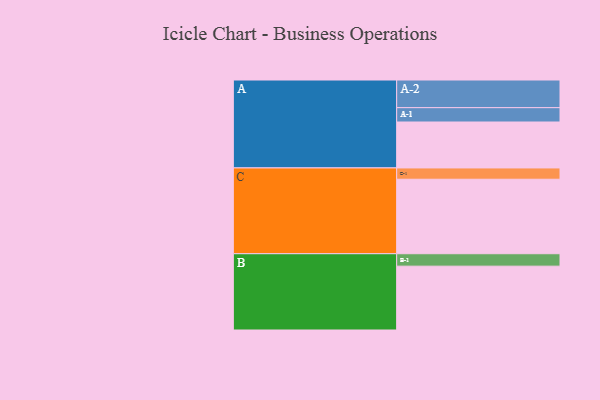
{"axis": {"x": "Segment", "y": "Value"}, "legend": ["", "A", "B", "C"], "data": [{"x": "A", "y": 362, "type": ""}, {"x": "B", "y": 503, "type": ""}, {"x": "C", "y": 587, "type": ""}, {"x": "A-1", "y": 113, "type": "A"}, {"x": "A-2", "y": 218, "type": "A"}, {"x": "B-1", "y": 98, "type": "B"}, {"x": "C-1", "y": 89, "type": "C"}]}